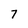
Character: 7